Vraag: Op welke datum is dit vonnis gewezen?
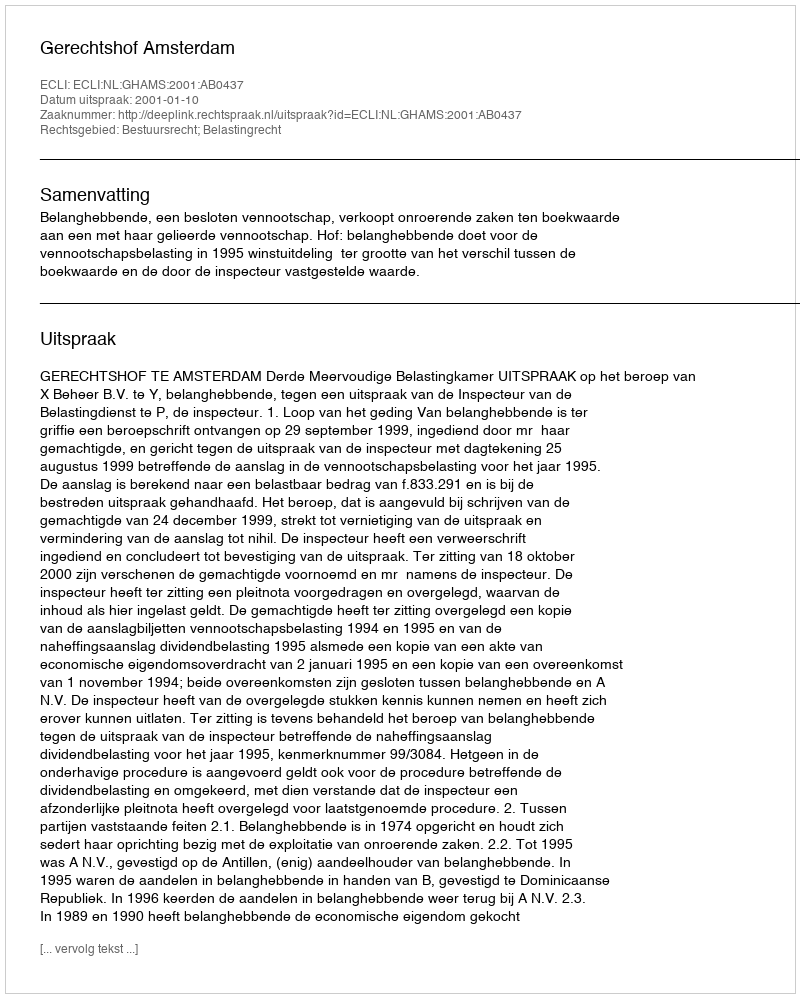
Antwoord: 2001-01-10